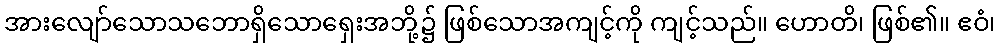
အားလျော်သောသဘောရှိသောရှေးအဘို့၌ ဖြစ်သောအကျင့်ကို ကျင့်သည်။ ဟောတိ၊ ဖြစ်၏။ ဧဝံ၊